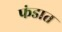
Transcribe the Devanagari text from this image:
फंडात